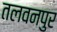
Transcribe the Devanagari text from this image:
तलवनपुर